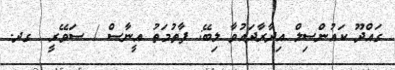
ގައްދޫ ކައުންސިލް އިދާރާދައުވާ ލިބޭ: ފާތުމަތު އީނާސް / ސަވޭރީ  ގދ.